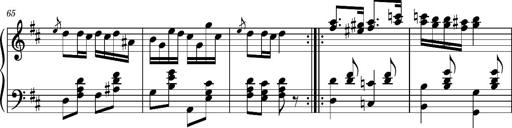
Title: Ungarischer Romanzero
Composer: Franz Liszt